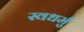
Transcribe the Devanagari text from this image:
स्वधर्मु